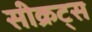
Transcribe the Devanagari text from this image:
सीक्रट्स